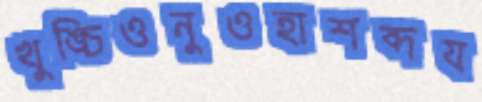
খুঙ্চিওনুওহাশব্দয